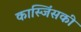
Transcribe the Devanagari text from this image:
कास्जिंसकी